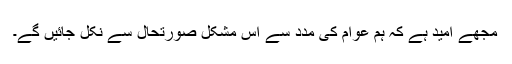
مجھے امید ہے کہ ہم عوام کی مدد سے اس مشکل صورتحال سے نکل جائیں گے۔